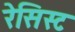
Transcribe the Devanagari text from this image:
रेसिस्ट